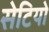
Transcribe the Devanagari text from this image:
सेटियो